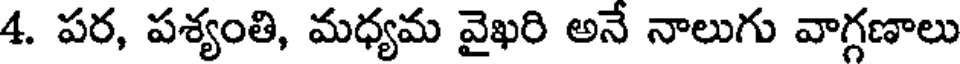
4. పర, పశ్యంతి, మధ్యమ వైఖరి అనే నాలుగు వాగ్గణాలు